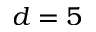
d = 5